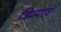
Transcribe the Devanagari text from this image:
त्रिज्याएं